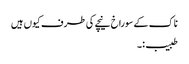
ناک کے سوراخ نیچے کی طرف کیوں ہیں
طبیب:۔